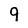
Character: 9